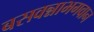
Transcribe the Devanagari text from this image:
बसवन्नाभगवान